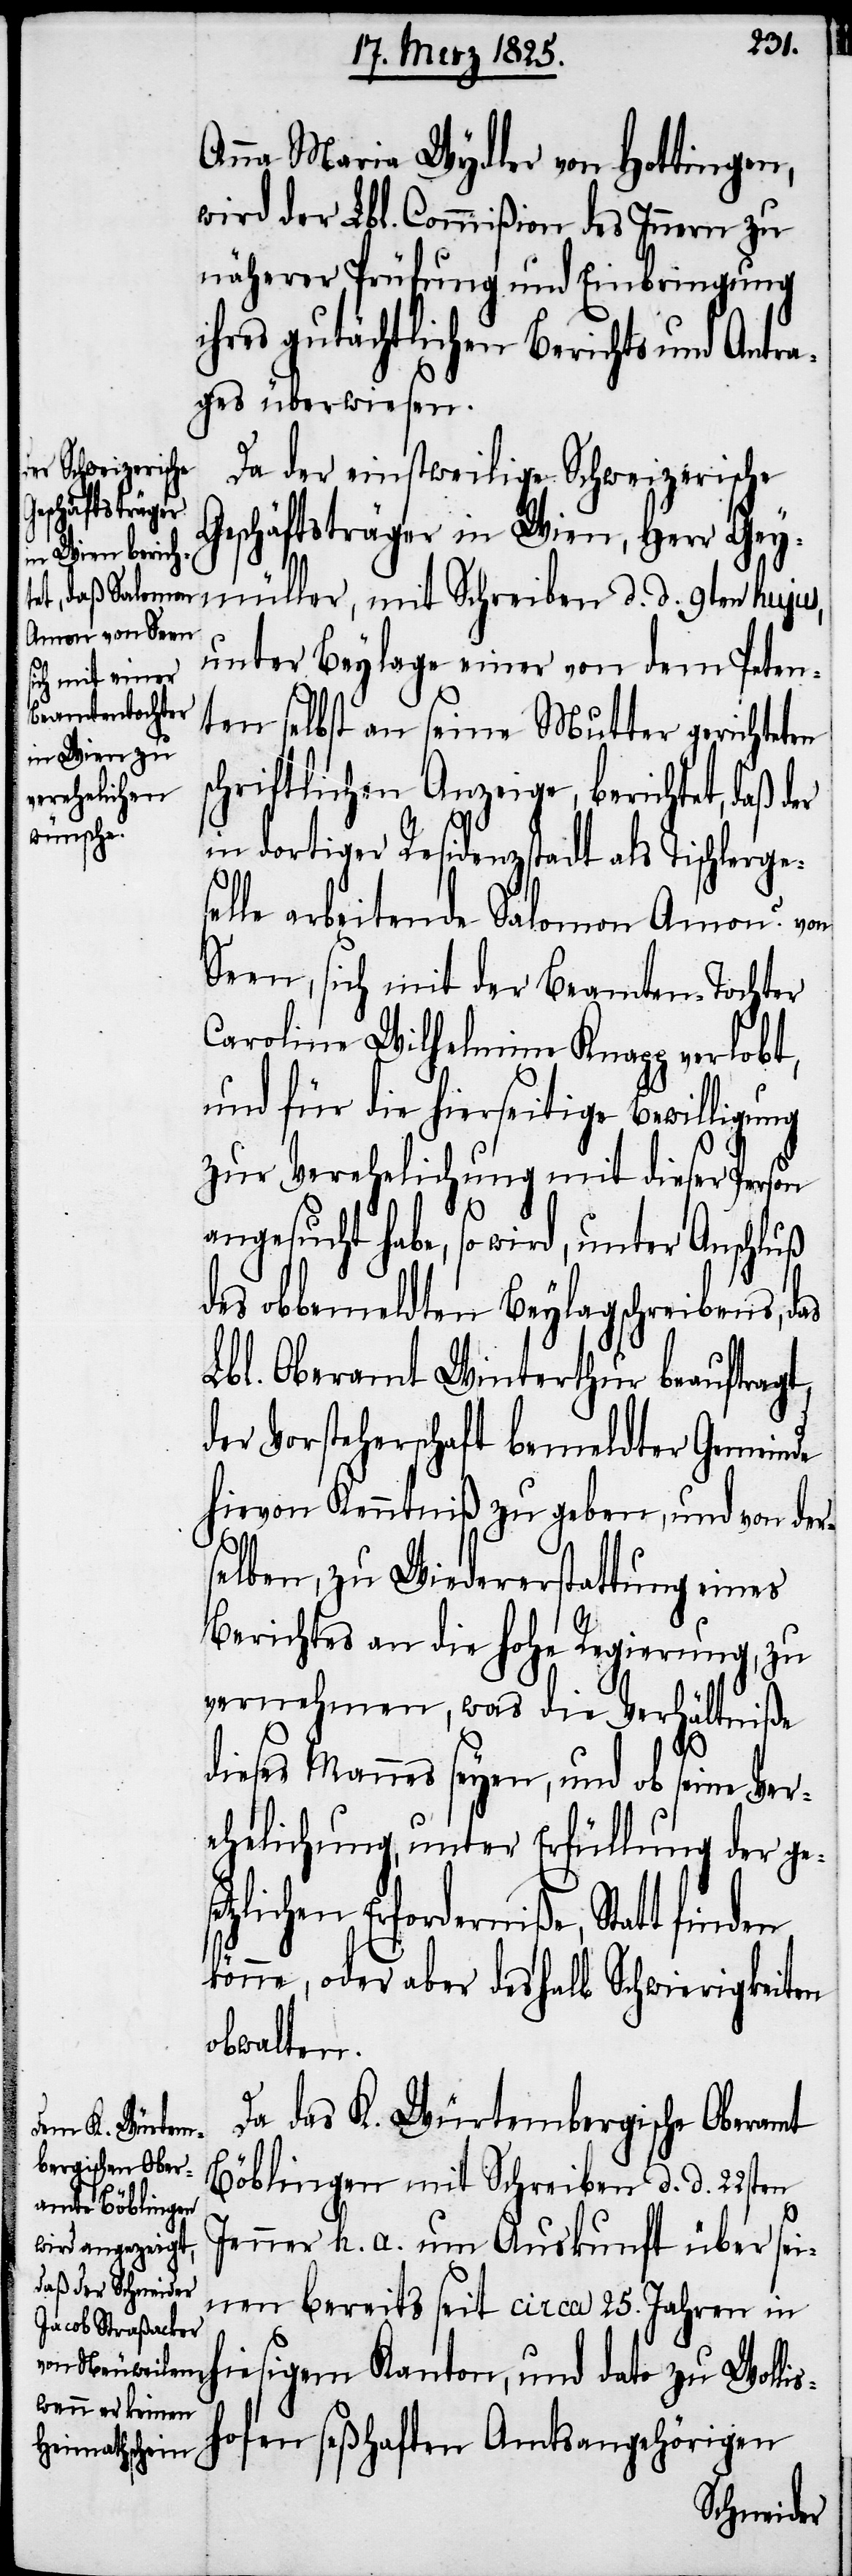
Anna Maria Wydler von Hottingen,
wird der Lbl. Commißion des Innern zu
näherer Prüfung und Einbringung
ihres gutächtlichen Berichts und Antra¬
ges überwiesen.
Da der einstweilige Schweizerische
schlerges¬
Geschäftsträger in Wien, Herr Gey¬
müller, mit Schreiben d. d. 9ten hujus,
unter Beylage einer von dem Peten¬
ten selbst an seine Mutter gerichteten
schriftlichen Anzeige, berichtet, daß der
ish¬
in dortiger Residenzstadt als Ti¬
elle arbeitende Salomon Amon? von
Seen, sich mit der Beamten-Tochter
Caroline Wilhelmine Knapp verlobt,
und für die hierseitige Bewilligung
zur Verehelichung mit dieser Person
angesucht habe, so wird, unter Anschluß
des obbemeldten Beylagschreibens,
Lbl. Oberamt Winterthur beauftragt,
der Vorsteherschaft bemeldter Gemeinde
hievon Kenntniß zu geben, und von der¬
selben, zu Wiedererstattung eines
Berichtes an die hohe Regierung, zu
vernehmen, was die Verhältniße
dieses Mannes seyen, und ob seine Ve¬
rehelichung, unter Erfüllung der gese¬
tzlichen Erforderniße, Statt
könne, oder aber deshalb Schwierigkeiten
obwalten.
Da das K. Würtembergische Oberamt
Böblingen mit Schreiben d. d. 22sten
Jenner h. a. um Auskunft über sei¬
nen bereits seit circa 25. Jahren in
hiesigem Kanton, und dato zu Woll¬
ofen seßhaften Amtsangehörigen